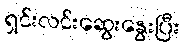
ရှင်းလင်းဆွေးနွေးပြီး